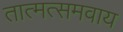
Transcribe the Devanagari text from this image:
तात्मत्समवाय